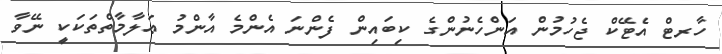
ހާރޓް އެޓޭކް ޖެހުމުން އަންހެނުންގެ ކިބައިން ފެންނަ އެންމެ އާންމު ޢަލާމާތްތަކަކީ ނޭވާ